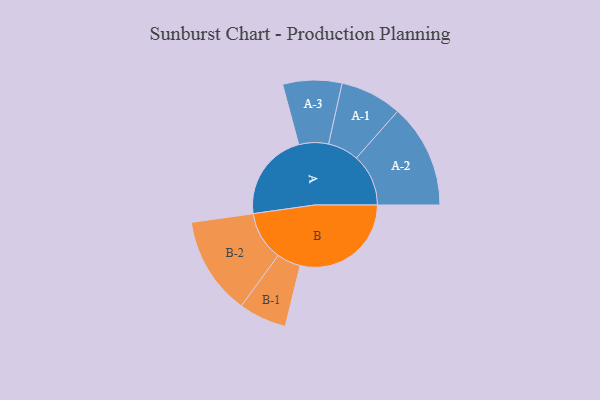
{"axis": {"x": "Segment", "y": "Value"}, "legend": ["", "A", "B"], "data": [{"x": "A", "y": 394, "type": ""}, {"x": "B", "y": 493, "type": ""}, {"x": "A-1", "y": 137, "type": "A"}, {"x": "A-2", "y": 231, "type": "A"}, {"x": "A-3", "y": 131, "type": "A"}, {"x": "B-1", "y": 106, "type": "B"}, {"x": "B-2", "y": 218, "type": "B"}]}